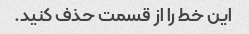
این خط را از قسمت حذف کنید.